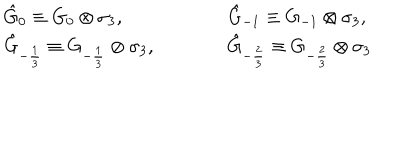
\begin{array} { l c c c l } { { \hat { G } _ { 0 } \equiv G _ { 0 } \otimes \sigma _ { 3 } , } } & { { } } & { { } } & { { } } & { { \hat { G } _ { - 1 } \equiv G _ { - 1 } \otimes \sigma _ { 3 } , } } \\ { { \hat { G } _ { - \frac { 1 } { 3 } } \equiv G _ { - \frac { 1 } { 3 } } \otimes \sigma _ { 3 } , } } & { { } } & { { } } & { { } } & { { \hat { G } _ { - \frac { 2 } { 3 } } \equiv G _ { - \frac { 2 } { 3 } } \otimes \sigma _ { 3 } } } \\ \end{array}